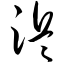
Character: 浜